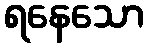
ရနေသော